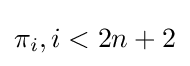
\pi _{i},i<2n+2